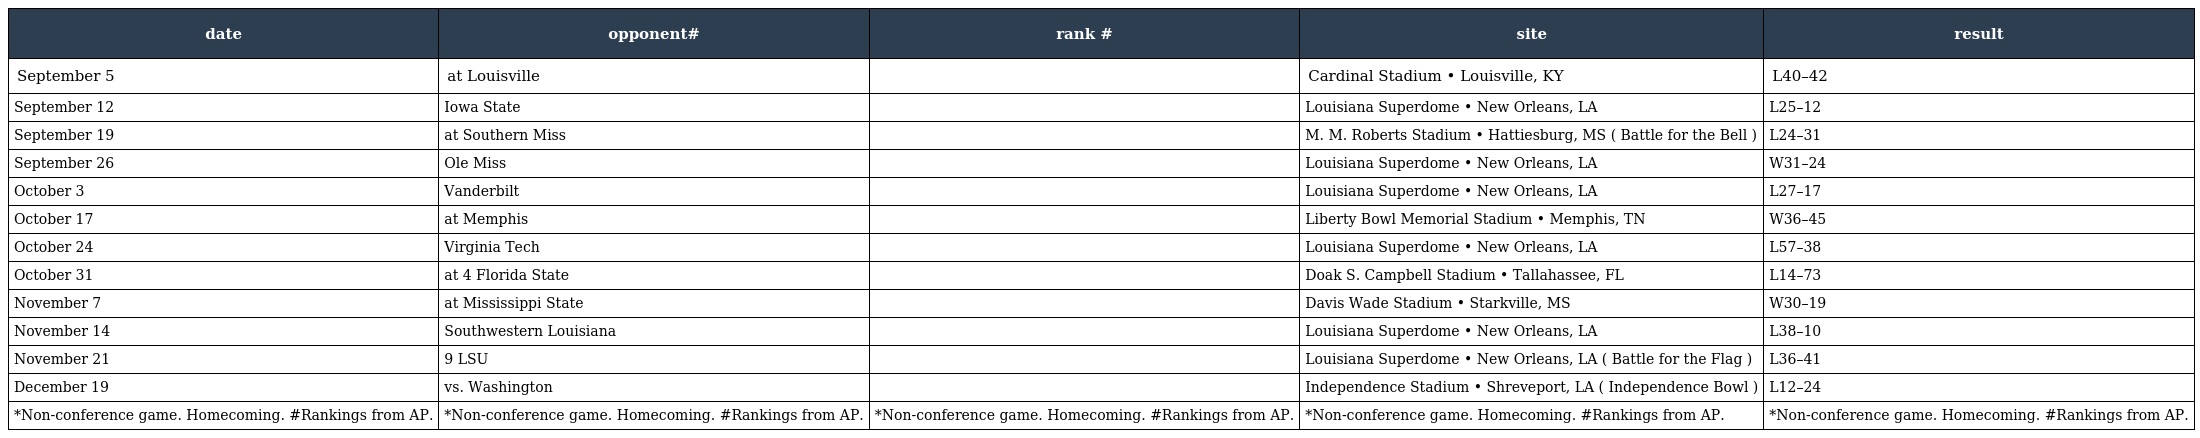
| date | opponent# | rank # | site | result |
 | --- | --- | --- | --- | --- |
 | September 5 | at Louisville |  | Cardinal Stadium • Louisville, KY | L40–42 |
 | September 12 | Iowa State |  | Louisiana Superdome • New Orleans, LA | L25–12 |
 | September 19 | at Southern Miss |  | M. M. Roberts Stadium • Hattiesburg, MS ( Battle for the Bell ) | L24–31 |
 | September 26 | Ole Miss |  | Louisiana Superdome • New Orleans, LA | W31–24 |
 | October 3 | Vanderbilt |  | Louisiana Superdome • New Orleans, LA | L27–17 |
 | October 17 | at Memphis |  | Liberty Bowl Memorial Stadium • Memphis, TN | W36–45 |
 | October 24 | Virginia Tech |  | Louisiana Superdome • New Orleans, LA | L57–38 |
 | October 31 | at 4 Florida State |  | Doak S. Campbell Stadium • Tallahassee, FL | L14–73 |
 | November 7 | at Mississippi State |  | Davis Wade Stadium • Starkville, MS | W30–19 |
 | November 14 | Southwestern Louisiana |  | Louisiana Superdome • New Orleans, LA | L38–10 |
 | November 21 | 9 LSU |  | Louisiana Superdome • New Orleans, LA ( Battle for the Flag ) | L36–41 |
 | December 19 | vs. Washington |  | Independence Stadium • Shreveport, LA ( Independence Bowl ) | L12–24 |
 | *Non-conference game. Homecoming. #Rankings from AP. | *Non-conference game. Homecoming. #Rankings from AP. | *Non-conference game. Homecoming. #Rankings from AP. | *Non-conference game. Homecoming. #Rankings from AP. | *Non-conference game. Homecoming. #Rankings from AP. |